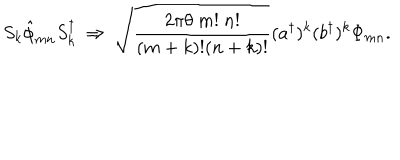
S _ { k } { \hat { \phi } } _ { m n } S _ { k } ^ { \dagger } \ \Rightarrow \ \sqrt { \frac { 2 \pi \theta \ m ! \ n ! } { ( m + k ) ! ( n + k ) ! } } ( { a ^ { \dagger } } ) ^ { k } ( { b ^ { \dagger } } ) ^ { k } \Phi _ { m n } .